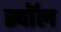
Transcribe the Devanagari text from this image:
स्पॉल